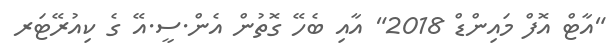
"އާޓް އޮފް މައިންޑް 2018" އާއި ބެހޭ ގޮތުން އެން.ސީ.އޭ ގެ ކިއުރޭޓަރ